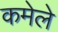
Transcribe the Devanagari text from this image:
कमेले